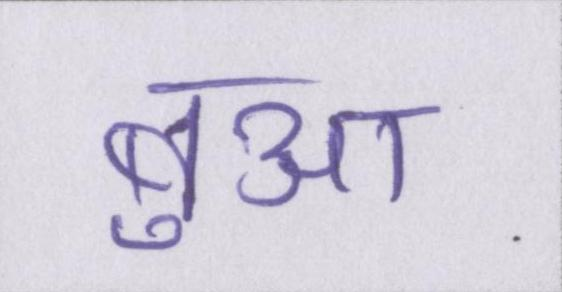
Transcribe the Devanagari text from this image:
बुआ